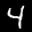
Label: 4